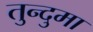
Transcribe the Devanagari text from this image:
तुन्दुमा